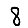
Digit: 8